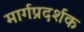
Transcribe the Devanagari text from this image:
मार्गप्रदर्शक